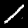
Digit: 1